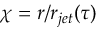
\chi = r / r _ { j e t } ( \tau )